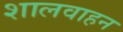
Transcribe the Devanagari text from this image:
शालवाहन